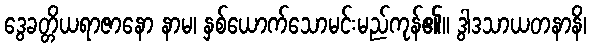
ဒွေခတ္တိယရာဇာနော နာမ၊ နှစ်ယောက်သောမင်းမည်ကုန်၏။ ဒွါဒသာယတနာနိ၊